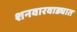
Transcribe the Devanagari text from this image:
शनवारवाड्यात